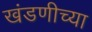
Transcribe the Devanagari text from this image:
खंडणीच्या